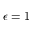
\epsilon = 1